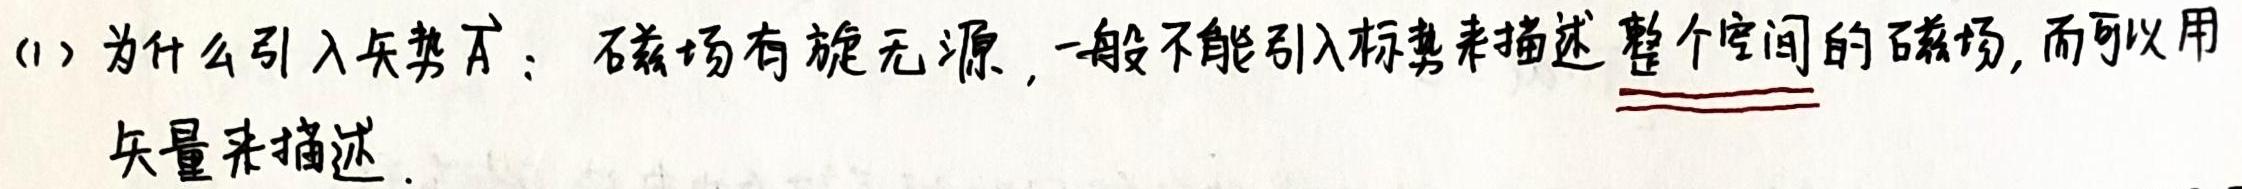
(1) 为什么引入矢势 $\vec{A}$：磁场有旋无源，一般不能引入标势来描述整个空间的磁场，而可以用矢量来描述.